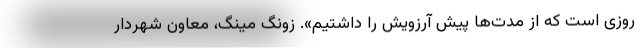
روزی است که از مدت‌ها پیش آرزویش را داشتیم». زونگ مینگ، معاون شهردار